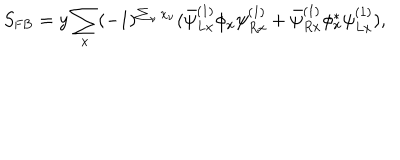
S _ { \mathrm { F B } } = y \sum _ { x } ( - 1 ) ^ { \sum _ { \nu } x _ { \nu } } ( \bar { \psi } _ { L x } ^ { ( 1 ) } \phi _ { x } \psi _ { R x } ^ { ( 1 ) } + \bar { \psi } _ { R x } ^ { ( 1 ) } \phi _ { x } ^ { * } \psi _ { L x } ^ { ( 1 ) } ) ,